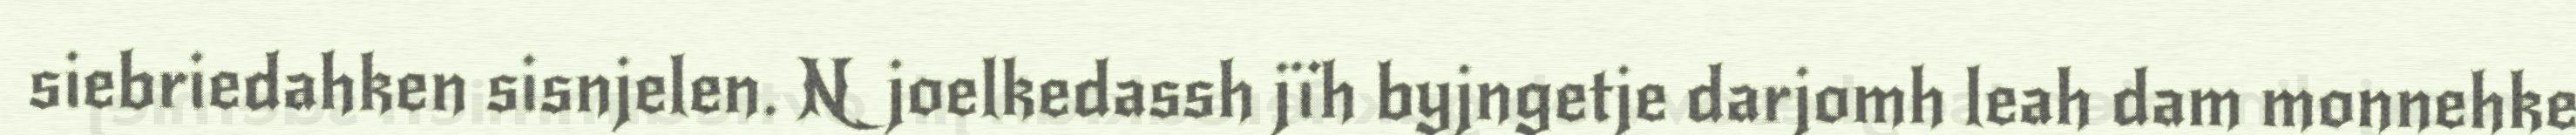
siebriedahken sisnjelen. Njoelkedassh jïh byjngetje darjomh leah dam monnehke